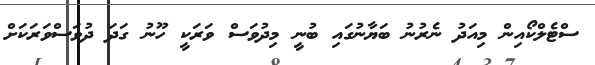
ސްޓެލްކޯއިން މިއަދު ނެރުނު ބަޔާނުގައި ބުނީ މިދުވަސް ވަރަކީ ހޫނު ގަދަ ދުވަސްވަރަކަށް